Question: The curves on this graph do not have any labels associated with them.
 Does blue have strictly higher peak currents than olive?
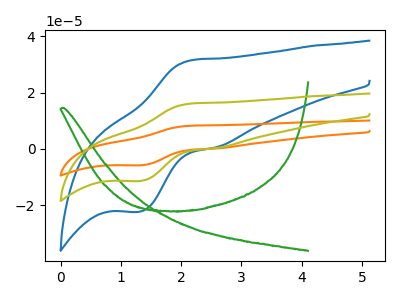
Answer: <think>The blue curve "blue" has an anodic peak at (2.20V, 31.55uA) and a cathodic peak at (1.30V, -22.35uA). The orange curve "orange" has an anodic peak at (2.20V, 32.30uA) and a cathodic peak at (1.30V, -22.90uA). The green curve "green" has no peaks. The olive curve "olive" has an anodic peak at (2.20V, 16.15uA) and a cathodic peak at (1.30V, -11.45uA).</think>
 <answer>Every peak in "blue" is higher than every peak in "olive".</answer>
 <eval>higher</eval>